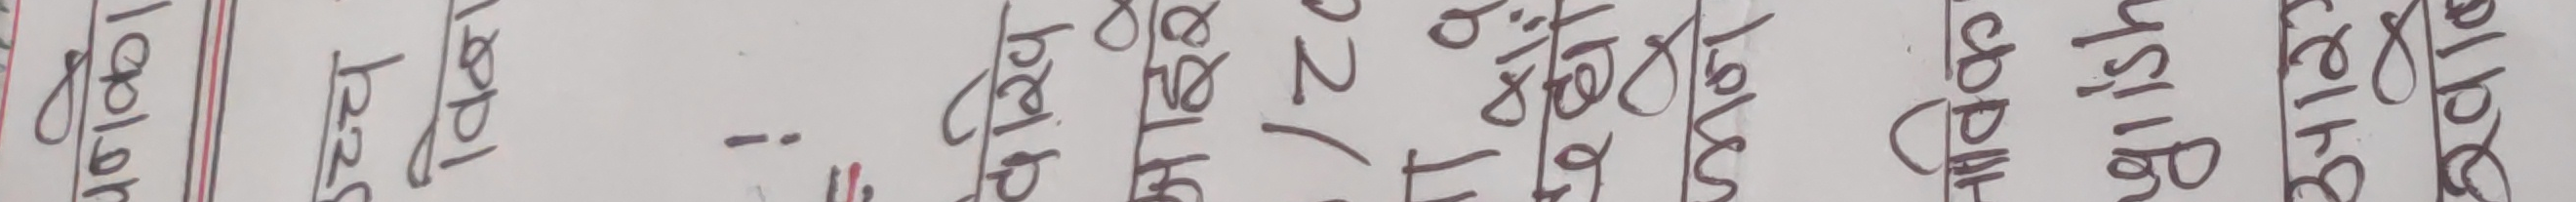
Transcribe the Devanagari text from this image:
lapler
उच्च
विन
!
दरिख
माइर
22/
Ta
प्रधा
Lever
नाविक
glish
आरए
खाल